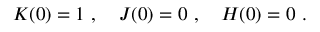
K ( 0 ) = 1 \ , \ \ \ J ( 0 ) = 0 \ , \ \ \ H ( 0 ) = 0 \ .